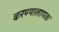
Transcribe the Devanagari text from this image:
करण्यालायक